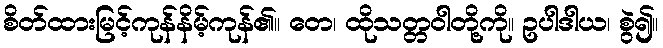
စိတ်ထားမြင့်ကုန်နိမ့်ကုန်၏။ တေ၊ ထိုသတ္တဝါတို့ကို။ ဥပါဒါယ၊ စွဲ၍။